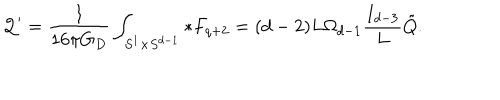
{ \cal Q } ^ { \prime } = { \frac { 1 } { 1 6 \pi G _ { D } } } \int _ { S ^ { 1 } \times S ^ { d - 1 } } * F _ { q + 2 } = ( d - 2 ) L \Omega _ { d - 1 } { \frac { I _ { d - 3 } } { L } } \tilde { Q } .